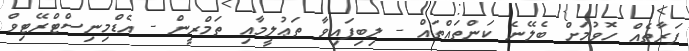
ފަރާތެއް ހޮވުމަށް ބެލޭނެ ކަންތައްތައް - ލިބިފައިވާ ތަޢުލީމާއި ތަމްރީން - އެޑްމިނިސްޓްރޭޓިވް